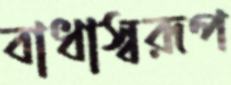
বাধাস্বরূপ